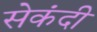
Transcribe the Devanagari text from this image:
सेकंदी